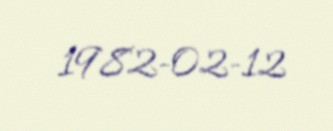
1982-02-12